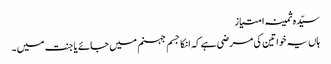
سیّدہ ثمینہ امتیاز
ہاں یہ خواتین کی مرضی ہے کہ انکا جسم جہنم میں جائے یا جنت میں۔